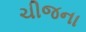
ચીજના